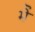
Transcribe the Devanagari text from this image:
मेॆ